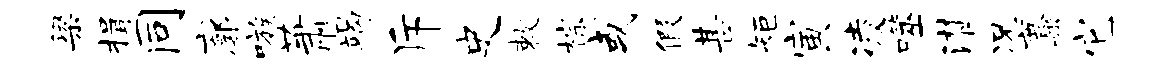
梁揖同廓嗾萧竭斥史敕棕或假甚矩寅凌噬潸况麋它